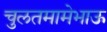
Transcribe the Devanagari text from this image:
चुलतमामेभाऊ